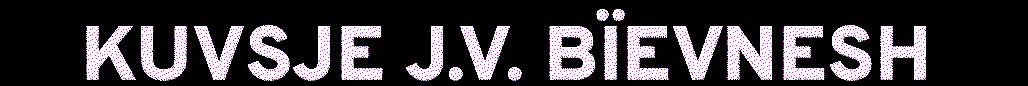
KUVSJE J.V. BÏEVNESH